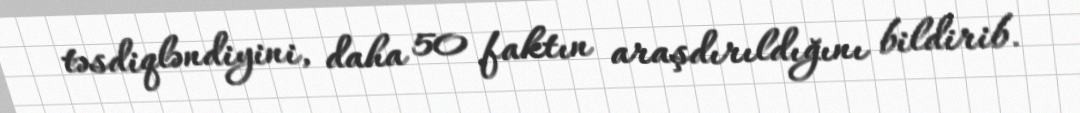
təsdiqləndiyini, daha 50 faktın araşdırıldığını bildirib.